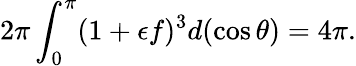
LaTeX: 2\pi\int_{0}^{\pi}(1+\epsilon f)^{3}d(\cos\theta)=4\pi.